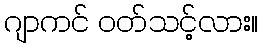
ဂျာကင် ဝတ်သင့်လား။